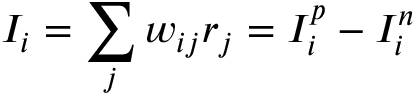
I _ { i } = \sum _ { j } w _ { i j } r _ { j } = I _ { i } ^ { p } - I _ { i } ^ { n }